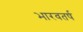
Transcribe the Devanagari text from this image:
भारवतर्ष